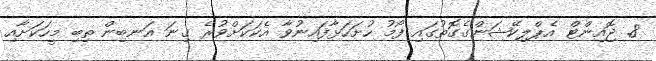
8. ޖޮއިންޓް އެޕްލިކޭޝަންގެގޮތުގައި ފޯމު ހުށަހަޅާފައިނުވާ އެކަކަށްވުރެ ގިނަ އަނބިން ތިބި މީހަކަށާއި